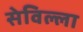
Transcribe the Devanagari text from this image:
सेविल्ला